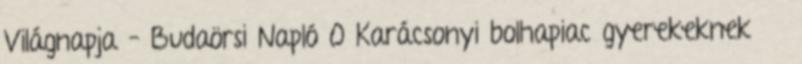
Világnapja – Budaörsi Napló 0 Karácsonyi bolhapiac gyerekeknek